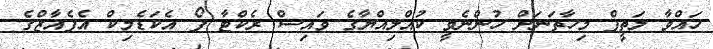
ހައްވާ ލަތީފް މިހާތަނަށް ހުންނެވީ ކުއްލިއްޔާގެ ވައިސް ރެކްޓާ ފޯ އެކަޑެމިކް އެފެއާޒްގެ